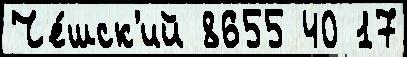
Че́шск'ий 8655 40 17